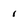
Character: 1